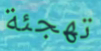
تهجئة